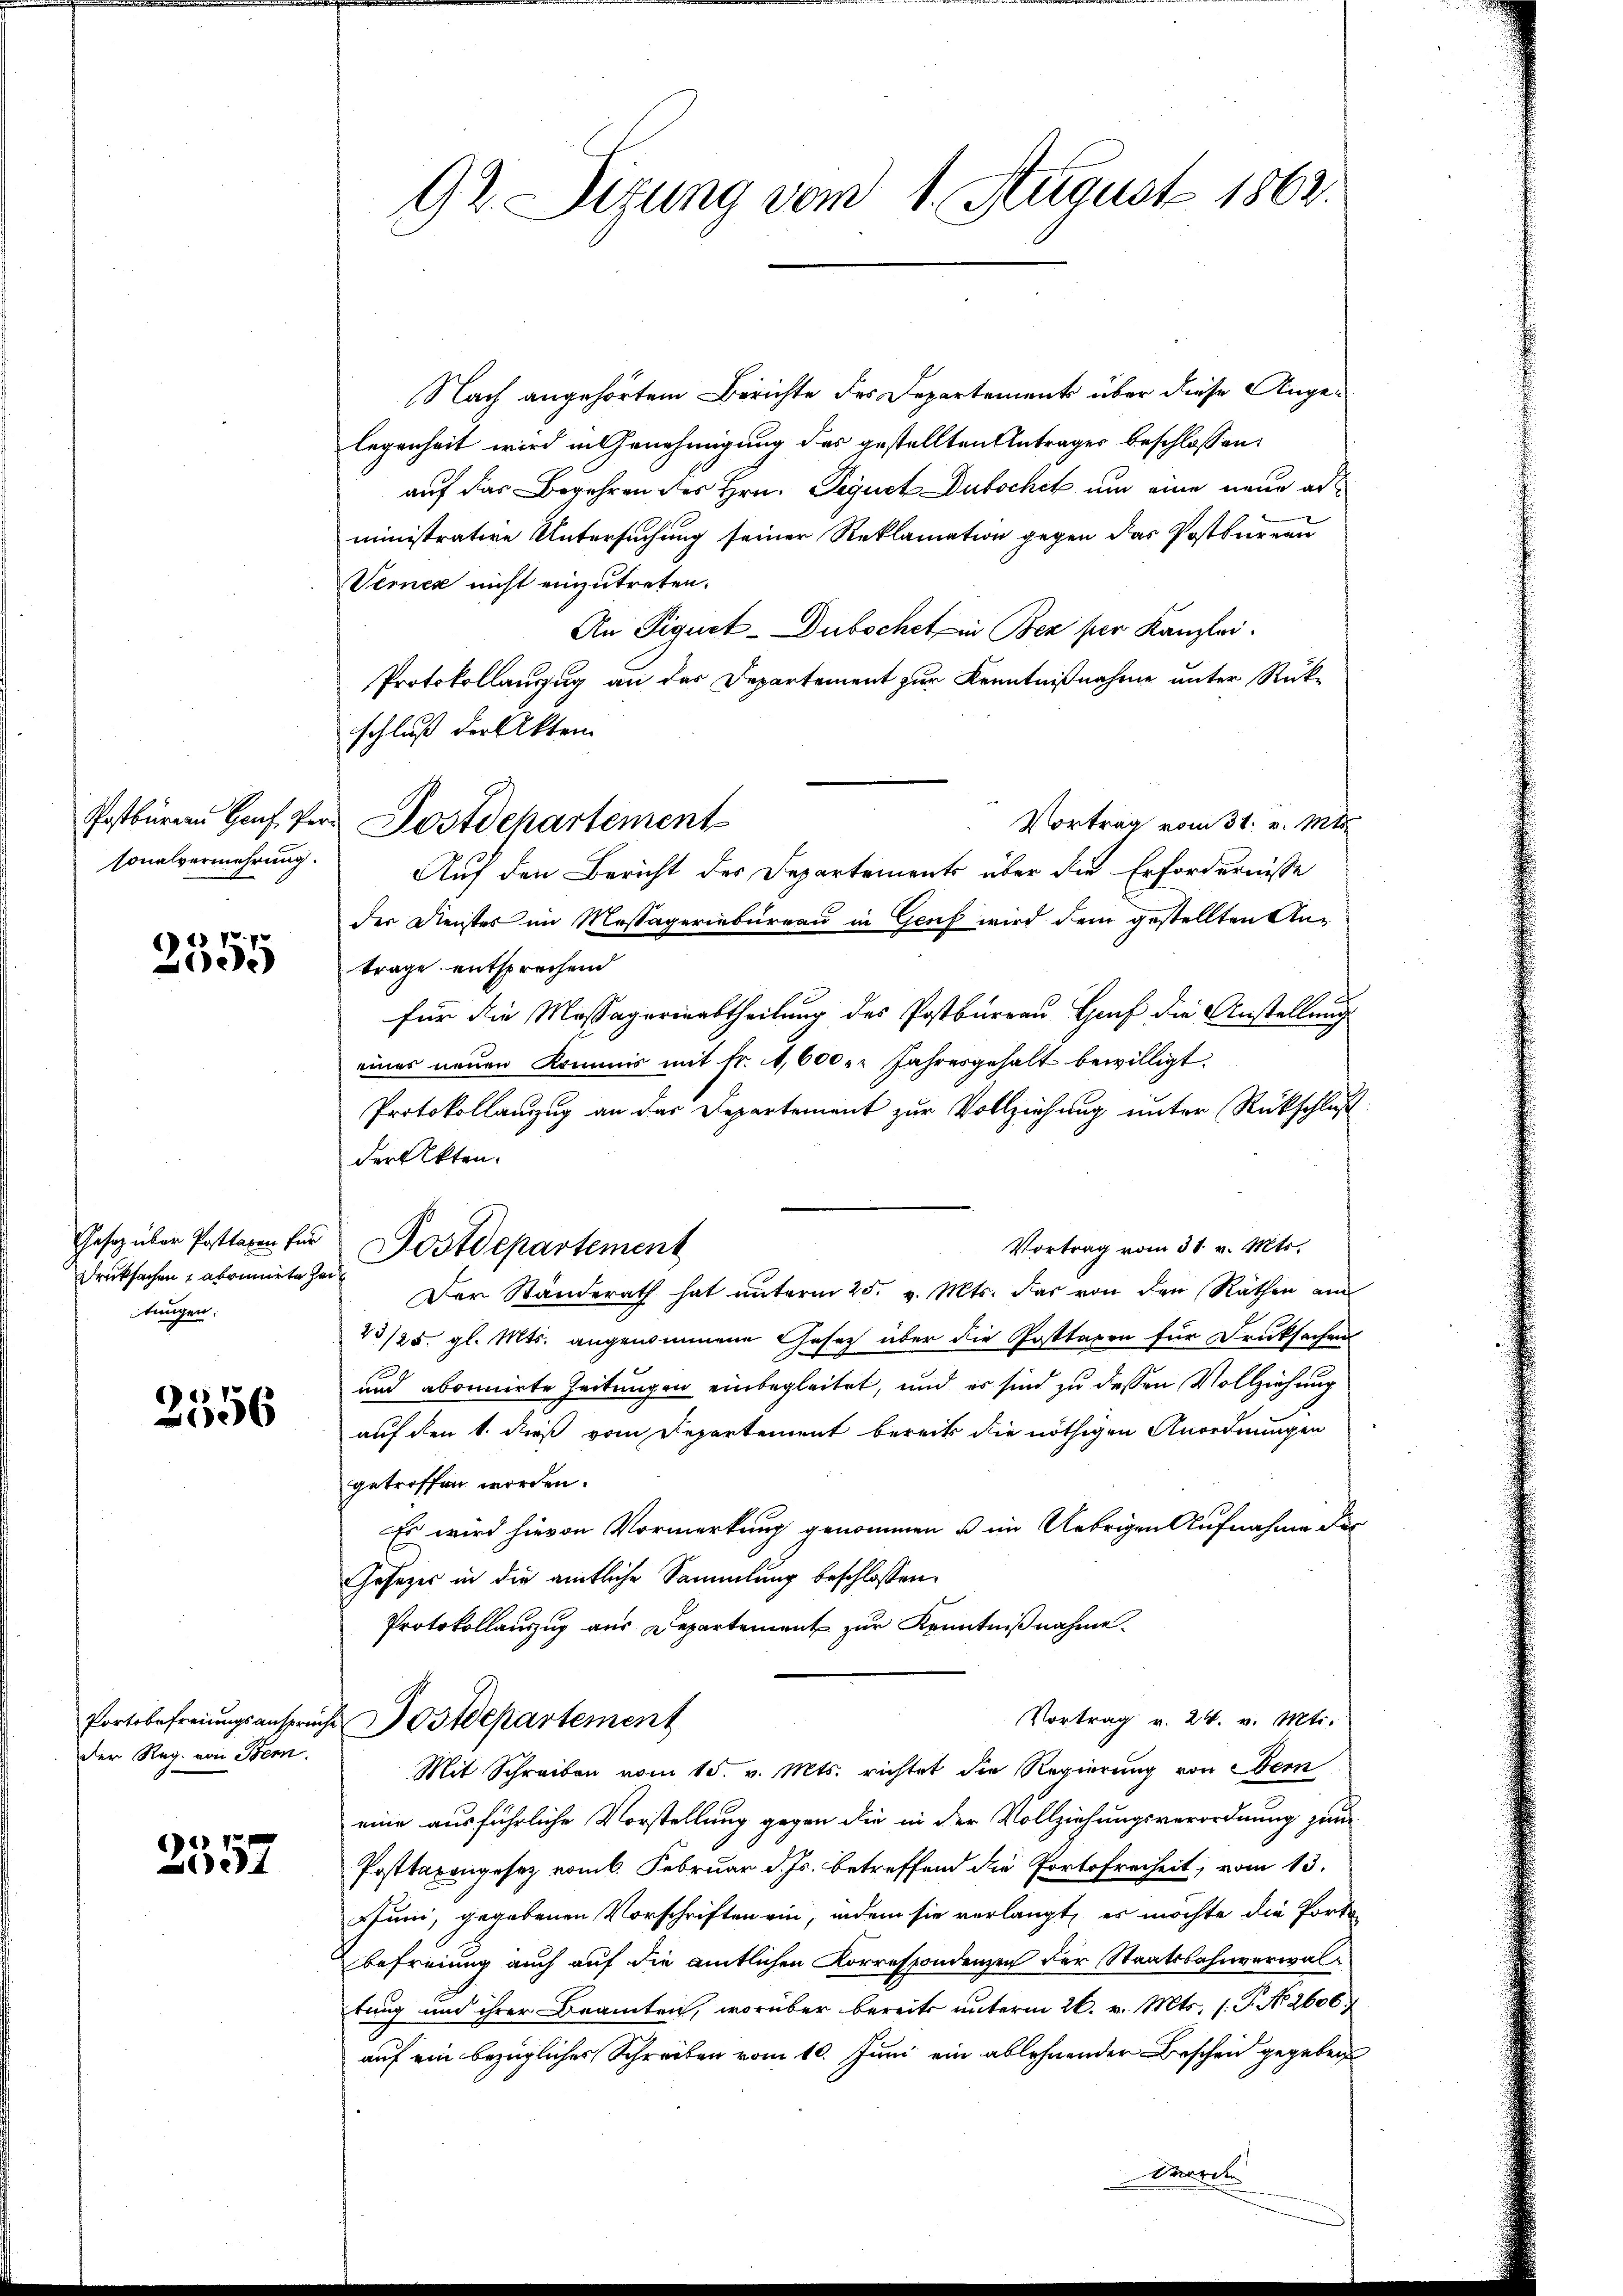
sonalvermehrung.

6) 2) P. P.
e

Druksachen atomiete Zeit
tungen:

2556

der Reg. von Bern.

2557

92. Sizung vom 1. August 1862.

Nach angehörtem Berichte des Departements über diese Angelegenheit wird in Genehmigung des gestellten Antrages beschlossen:
auf das Begehren des Hrn. Sequet Dubschet um eine neue administrative Untersuchung seiner Reklamation gegen das Postbernen
Verner nicht einzutreten.
An Figuet-Dubochet in Bez per Kanzlei.
Protokollauszug an das Departement zur Kenntnißnahme unter Rück¬
Vortrag vom 31. v. Mts.
Auf den Bericht der Departements über die Erfordernisse
der Dienstes im Massagerinbureau in Genf wird dem gestellten Antrage entsprechend
für die Massagerinabtheilung des Postbureau Gruf die Anstellung
eines neuen Kommis mit fr. 1,600 : Jahresgehalt bewilligt.
Protokollauszug an das Departement zur Vollziehung unter Rückschluß
der Akten.
Vortrag vom 31. v. Mts.
Der Standerath hat ŭnterm 25. v. Mts. das von den Räthen am
43/25. gl. Mts. angenommene Gesetz über die Posttaxen für Drucksachen
und abonnirte Zeitungen einbegleitet, und es sind zu dessen Vollziehung
auf den 1. dieß vom Departement bereits die nöthigen Anordnungen
getroffen worden.
Es wird hievon Vormerkung genommen u im Uebrigen Aufnahme der
Gesetzer in die amtliche Sammlung beschlossen:
Protokollaŭszŭg aŭs Departement zŭr Kenntniβnahme.
Vortrag v. 24. v. Mts.
fortbefreiungsansprüche Ostdepartement
Mit Schreiben vom 15. v. Mts. richtet die Regierung von Bern
eine ausführliche Vorstellung gegen die in der Vollziehungsverordnung zum
Posttaxengesez vom 6. Februar d. Js. betreffend die Portofreiheit, vom 13.
Juni, gegebenen Vorschriften ein, indem sie verlangt, es möchte die Porte
Befreiung auch auf die amtlichen Korrespondenzen der Staatsbahnverwaltung und ihrer Beamten, worüber bereits unterm 26. v. Mts. 1. P. No. 2606.
auf ein bezüglicher Schreiben vom 10. Juni ein ablehnender Beschen gegeben
Werden

schluß der Akten
Postbürer Hof Pors Postdchartement

Gesetz über Posttaren für Postdepartement